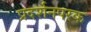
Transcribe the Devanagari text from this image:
प्रदर्शनपरक